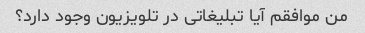
من موافقم آیا تبلیغاتی در تلویزیون وجود دارد؟